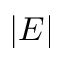
| E |